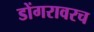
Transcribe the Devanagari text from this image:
डोंगरावरच